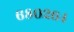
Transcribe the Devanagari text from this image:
६८०२६४